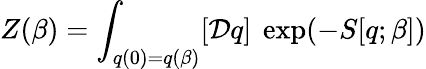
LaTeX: Z(\beta)=\int_{q(0)=q(\beta)}[{\cal D}q]\ \exp(-S[q;\beta])